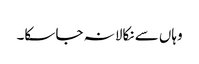
وہاں سے نکالا نہ جا سکا۔